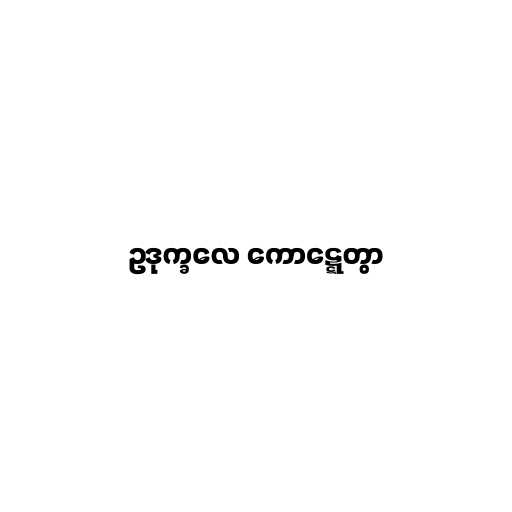
ဥဒုက္ခလေ ကောဋ္ဋေတွာ